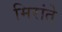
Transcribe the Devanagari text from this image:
मिरांते